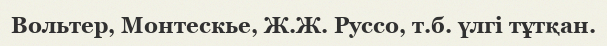
Вольтер, Монтескье, Ж.Ж. Руссо, т.б. үлгі тұтқан.